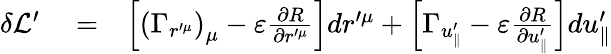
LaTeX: \begin{array}{rlr}{\delta\mathcal{L}^{\prime}}&{{}=}&{\left[\left(\Gamma_{r^{\prime\mu}}\right)_{\mu}-\varepsilon\frac{\partial R}{\partial r^{\prime\mu}}\right]dr^{\prime\mu}+\left[\Gamma_{u_{\parallel}^{\prime}}-\varepsilon\frac{\partial R}{\partial u_{\parallel}^{\prime}}\right]du_{\parallel}^{\prime}}\end{array}